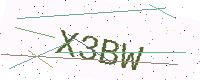
Text: X3BW